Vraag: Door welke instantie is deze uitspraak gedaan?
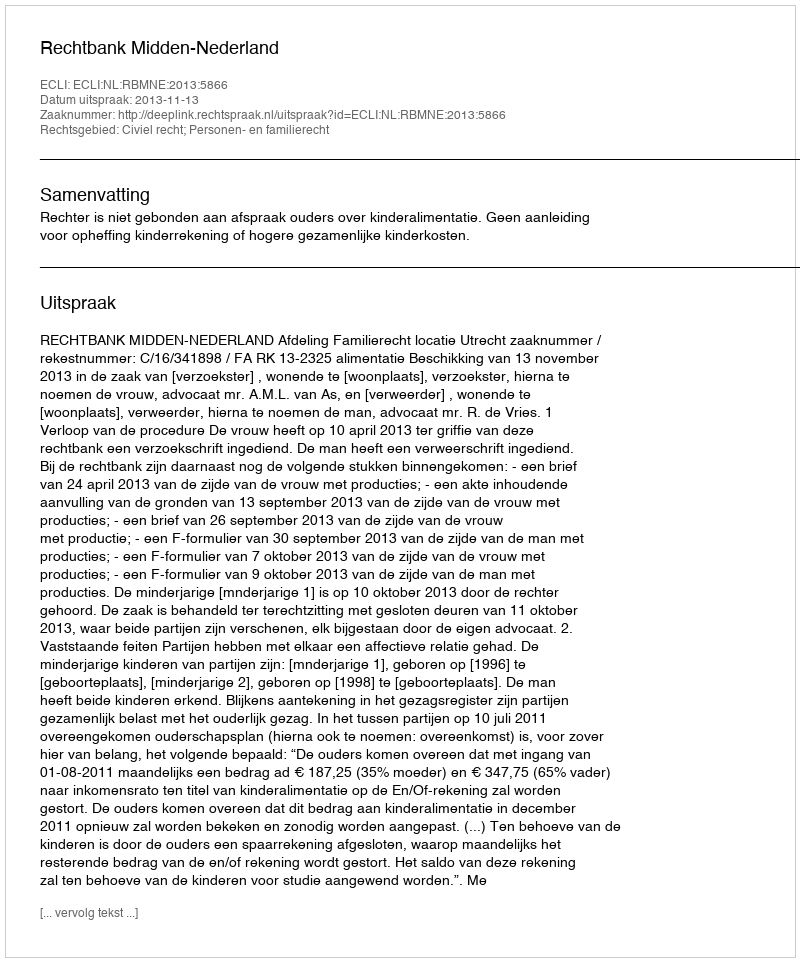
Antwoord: Rechtbank Midden-Nederland